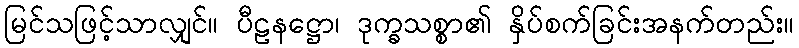
မြင်သဖြင့်သာလျှင်။ ပီဠနဋ္ဌော၊ ဒုက္ခသစ္စာ၏ နှိပ်စက်ခြင်းအနက်တည်း။